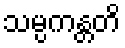
သမ္ပကန္တတိ